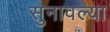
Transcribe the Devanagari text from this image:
सुनावल्या